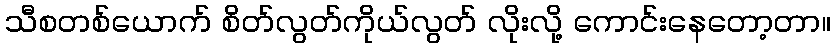
သီစတစ်ယောက် စိတ်လွတ်ကိုယ်လွတ် လိုးလို့ ကောင်းနေတော့တာ။